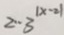
2 \cdot 3 ^ { \vert x - 2 \vert }